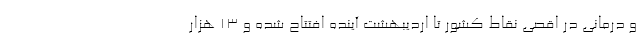
و درمانی در اقصی نقاط کشور تا اردیبهشت آینده افتتاح شده و ۱۳ هزار